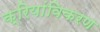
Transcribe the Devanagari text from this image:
क्रियांविकरण